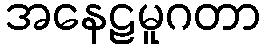
အနေဠမူဂတာ